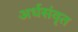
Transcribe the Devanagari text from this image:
अर्धसंवृत